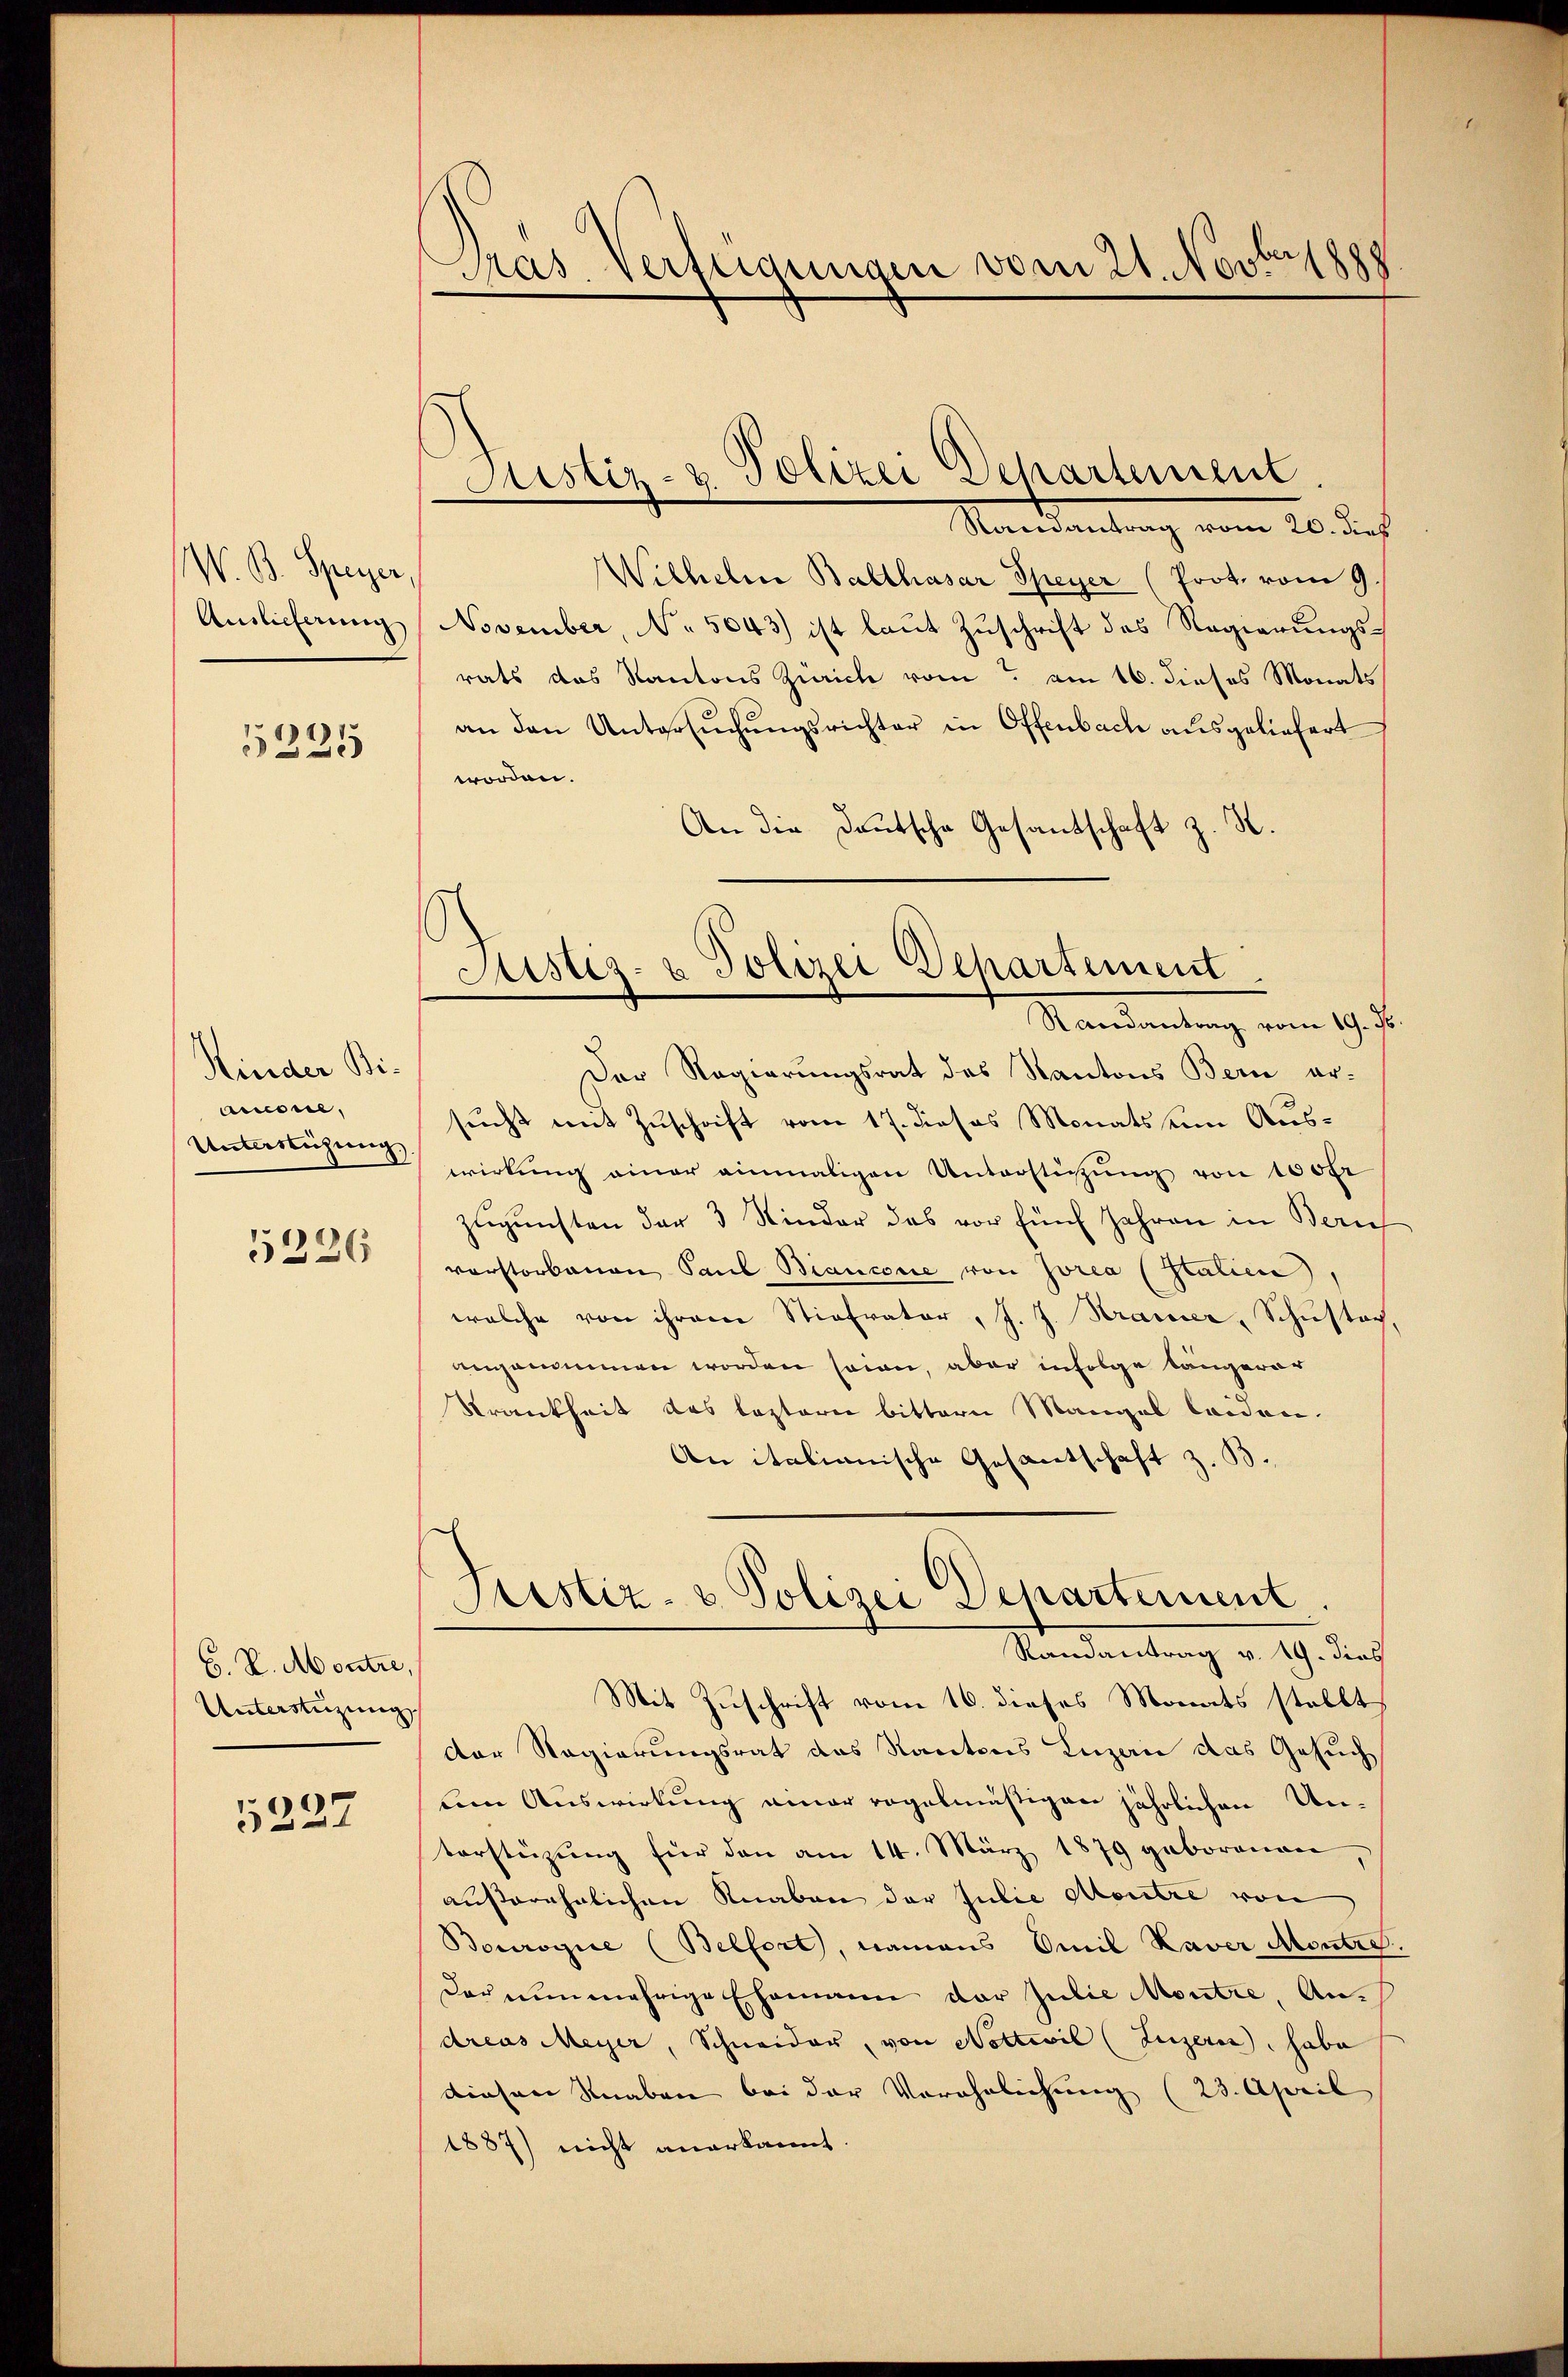
W. B. Speyer
Ainlicherung

5335

Kinder Bi-
miore,
Unterstüzung

5226

C. P. Montre,
Unterstüzung

5227

Pras. Verfügungen vom 21. Novbesp

Justiz- & Polizei Departement

Ramantrag vom 20. dies
Wilhelm Balthasar Speyer (Prot. vom 9.
November, No 5043) ist laut Zuschrift des Regierungsrats das Kantons Zürich vom 7. am 16. dieses Monats
an den Untersŭchŭngsrichter in Offenbach ausgeliefert
worden.
An die Deutsche Gesantschaft z. R.
D
Der Regierungsrat des Kantons Bern er-
sucht mit Zuschrift vom 17. dieses Monats um Auswirkung einer einmaligen Unterstützŭng von 100fr
zŭgŭnsten der 3 Kinder das vor fünf Jahren in Bern
vorstorbenen Paul Biancore von Zorea (Italien),
welche von ihrem Stiefvater, J. J. Kraiser, Schuster,
angenommen worden sein, aber infolge längerer
Krankheit das leztern bittern Mangel leiden.
An italianische Gesantschaft z. B.
Fristiz- & Polizei Departement
Randantrag v. 19. dies
Mit Zuschrift vom 16. dieses Monats stellt
Der Regierungsrat das Kantons Luzern das Gesuch
len Auswirkung einer regelmäßigen jährlichen Unvorstüzung für den am 14. März 1879 geborenen
außerehrlichen Knaben der Julie Montre von
Bourogie (Belfort, namens Omil Kaver Montes.
der nunmehrige Ehemann der Julie Montre An-
dreas Meyer, Schneider, von Notteil (Luzern, habe
diesen Knaben bei der Voröhnlichung (23. April
1887) nicht anerkannt.

Sistiz- & Polizei Departement
Randantrag vom 19. d.